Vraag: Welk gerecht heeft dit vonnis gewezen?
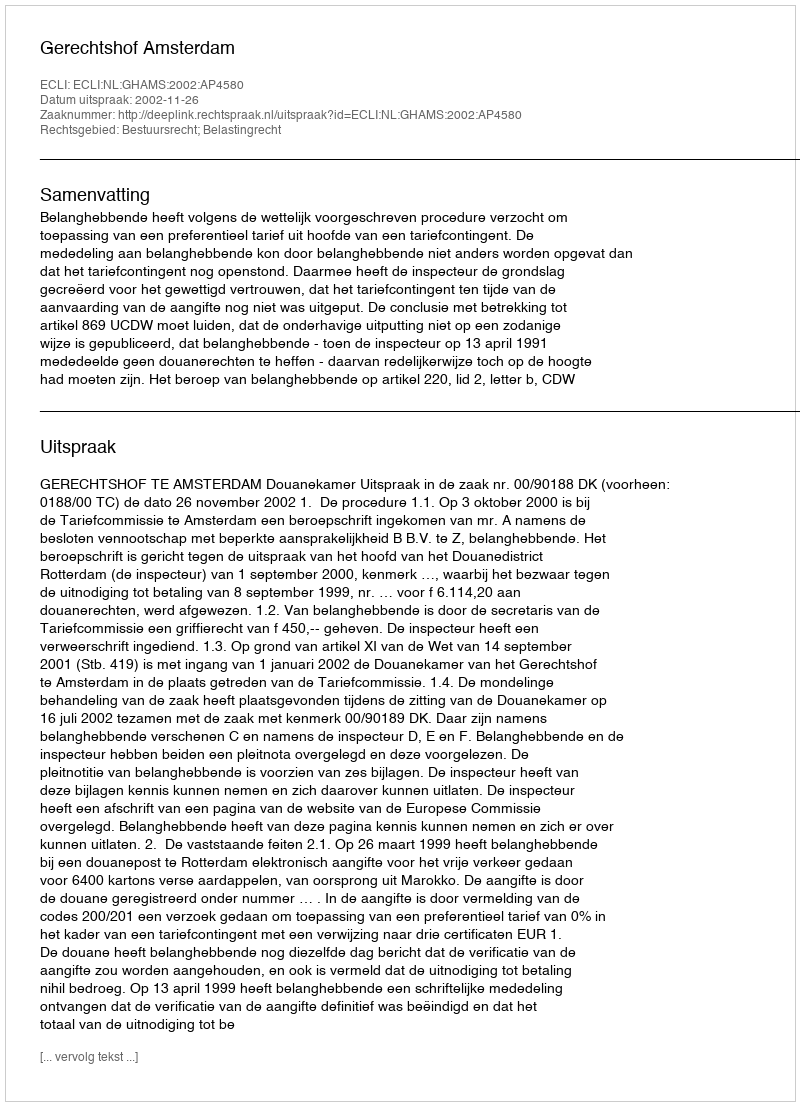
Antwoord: Gerechtshof Amsterdam